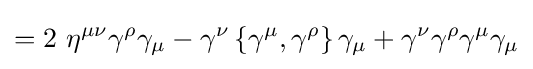
=2\ \eta ^{\mu \nu }\gamma ^{\rho }\gamma _{\mu }-\gamma ^{\nu }\left\{\gamma ^{\mu },\gamma ^{\rho }\right\}\gamma _{\mu }+\gamma ^{\nu }\gamma ^{\rho }\gamma ^{\mu }\gamma _{\mu }